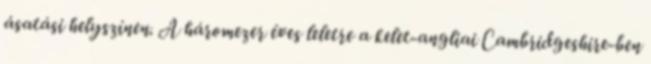
ásatási helyszínen. A háromezer éves leletre a kelet-angliai Cambridgeshire-ben